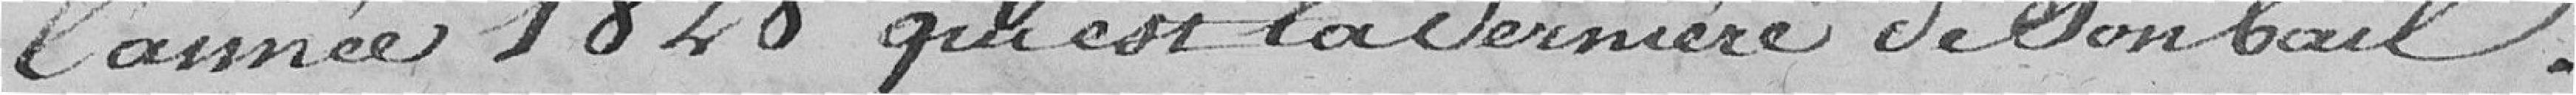
l'année 1828 qui est la dernière de son bail.